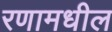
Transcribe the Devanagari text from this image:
रणामधील